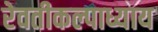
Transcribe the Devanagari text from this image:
रेवतीकल्पाध्याय